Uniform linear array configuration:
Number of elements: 8
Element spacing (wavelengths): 0.5
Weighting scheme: hamming
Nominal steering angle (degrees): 30
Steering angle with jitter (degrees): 31.483
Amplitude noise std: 0.05
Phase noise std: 0.05

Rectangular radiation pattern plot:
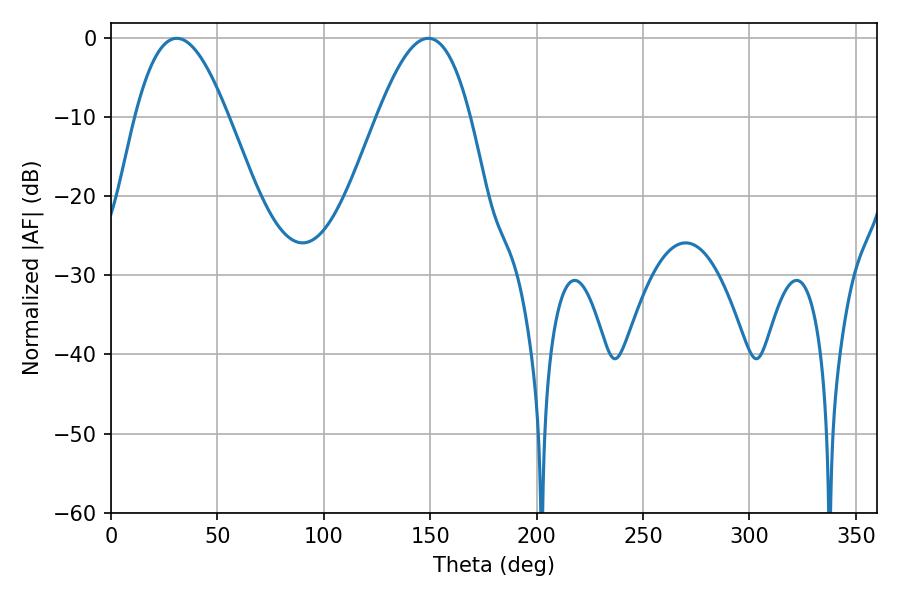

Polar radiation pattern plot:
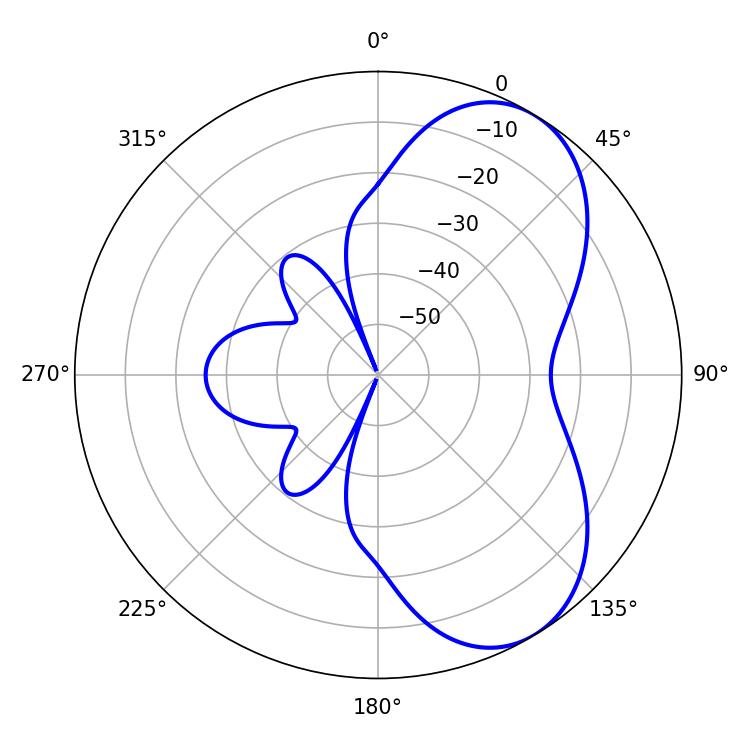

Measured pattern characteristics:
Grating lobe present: FALSE
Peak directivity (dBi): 6.231
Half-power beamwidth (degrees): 23.76
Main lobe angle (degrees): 30.96